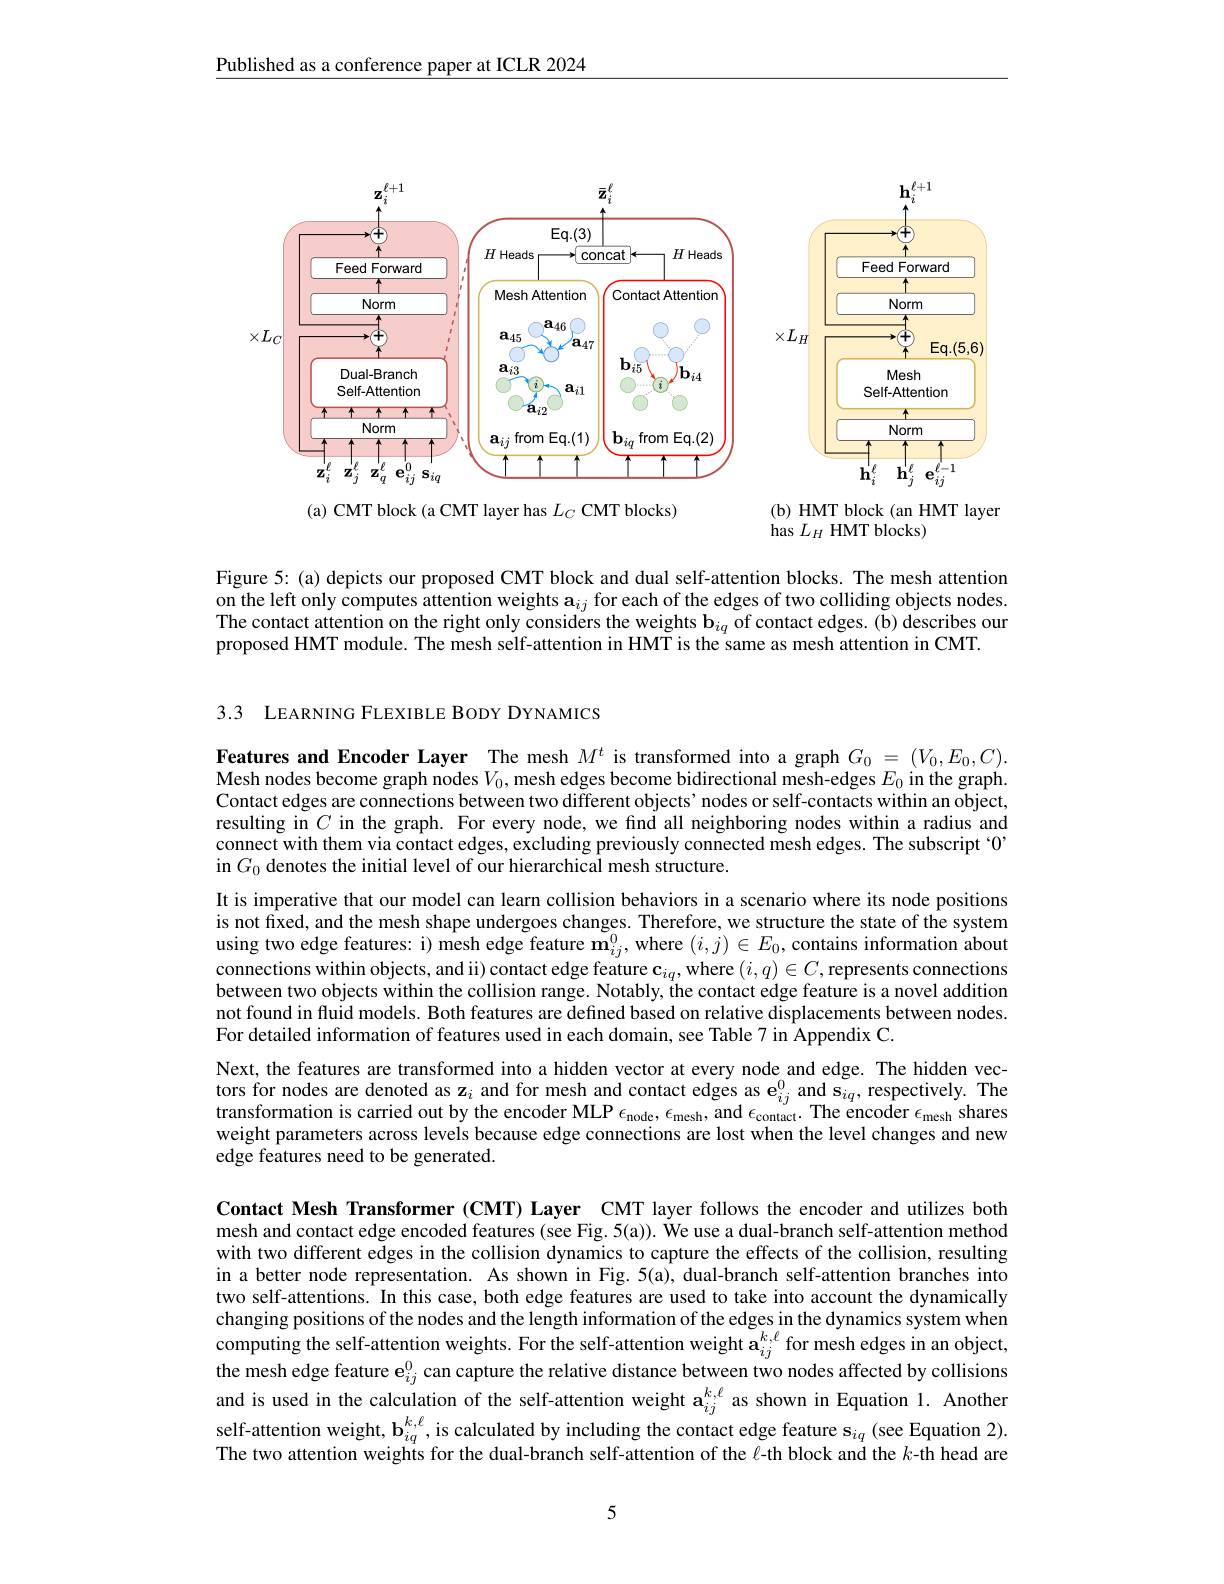
Published as a conference paper at ICLR 2024

<FigureHere>

(a) CMT block (a CMT layer has $L_C$ CMT blocks)

(b) HMT block (an HMT layer
has $L_H$ HMT blocks)

Figure 5: (a) depicts our proposed CMT block and dual self-attention blocks. The mesh attention on the left only computes attention weights $\mathbf{a}_{ij}$ for each of the edges of two colliding objects nodes. The contact attention on the right only considers the weights $\mathbf{b}_{iq}$ of contact edges.(b) describes our proposed HMT module. The mesh self-attention in HMT is the same as mesh attention in CMT.

3.3 LEARNING FLEXIBLE BODY DYNAMICS

Features and Encoder Layer The mesh $M^t$ is transformed into a graph $G_0=(V_0,E_0,C).$ Mesh nodes become graph nodes $V_0$, mesh edges become bidirectional mesh-edges $E_{0}$ in the graph. Contact edges are connections between two different objects' nodes or self-contacts within an object, resulting in $C$ in the graph. For every node, we find all neighboring nodes within a radius and connect with them via contact edges, excluding previously connected mesh edges. The subscript $^{\mathrm{o}}$ in $G_0$ denotes the initial level of our hierarchical mesh structure.

It is imperative that our model can learn collision behaviors in a scenario where its node positions is not fixed, and the mesh shape undergoes changes. Therefore, we structure the state of the system using two edge features: i) mesh edge feature $\tilde{\mathbf{m}}_{ij}^0$, where $(i,j)\in E_0$, contains information about connections within objects, and ii) contact edge feature $\mathbf{c}_{iq}$, where $(i,q)\in C$, represents connections between two objects within the collision range. Notably, the contact edge feature is a novel addition not found in fluid models. Both features are defined based on relative displacements between nodes. For detailed information of features used in each domain, see Table 7 in Appendix C.
Next, the features are transformed into a hidden vector at every node and edge. The hidden vectors for nodes are denoted as z$_i$ and for mesh and contact edges as $\mathbf{e}_ij^0$ and s$_{iq}$, respectively. The transformation is carried out by the encoder MLP $\epsilon_{\mathrm{node}},\epsilon_{\mathrm{mesh}}$, and $\epsilon_{\mathrm{contact}}.$ The encoder $\epsilon_\mathrm{mesh}$ shares weight parameters across levels because edge connections are lost when the level changes and new edge features need to be generated.

Contact Mesh Transformer (CMT) Layer CMT layer follows the encoder and utilizes both mesh and contact edge encoded features (see Fig. 5(a)). We use a dual-branch self-attention method with two different edges in the collision dynamics to capture the effects of the collision, resulting in a better node representation. As shown in Fig. 5(a), dual-branch self-attention branches into two self-attentions. In this case, both edge features are used to take into account the dynamically changing positions of the nodes and the length information of the edges in the dynamics system when computing the self-attention weights. For the self-attention weight $\mathbf{a}_{ij}^{k,\ell}$ for mesh edges in an object, the mesh edge feature $\mathrm{e}_i^{0}$ can capture the relative distance between two nodes affected by collisions and is used in the calculation of the self-attention weight $\mathbf{a}_{ij}^{k,\ell}$ as shown in Equation 1. Another self-attention weight, $\mathbf{b}_{iq}^{k,\ell}$,is calculated by including the contact edge feature s$_{iq}$ (see Equation 2). The two attention weights for the dual-branch self-attention of the $\ell$-th block and the $k$-th head are

5